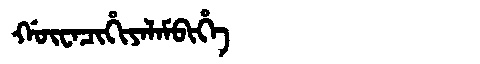
Manchu: ᡤᡡᠸᠠᠴᡳᡥᡳᠶᠠᠯᠠᠮᠪᡳᡥᡝ
Romanization: GŪWACIHIYALAMBIHE